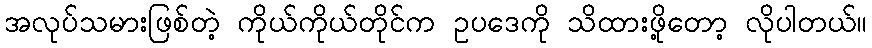
အလုပ်သမားဖြစ်တဲ့ ကိုယ်ကိုယ်တိုင်က ဥပဒေကို သိထားဖို့တော့ လိုပါတယ်။